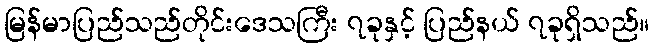
မြန်မာပြည်သည်တိုင်းဒေသကြီး ၇ခုနှင့် ပြည်နယ် ၇ခုရှိသည်။